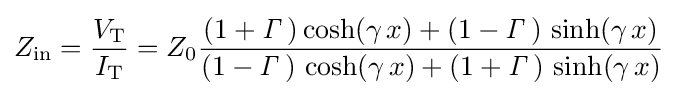
Z_{\mathrm {in} }={\frac {V_{\mathrm {T} }}{I_{\mathrm {T} }}}=Z_{0}{\frac {(1+{\mathit {\Gamma }}\,)\cosh(\gamma \,x)+(1-{\mathit {\Gamma }}\,)\,\sinh(\gamma \,x)}{(1-{\mathit {\Gamma }}\,)\,\cosh(\gamma \,x)+(1+{\mathit {\Gamma }}\,)\,\sinh(\gamma \,x)}}